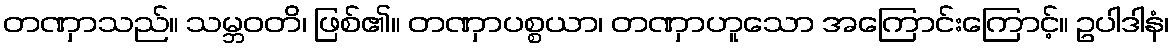
တဏှာသည်။ သမ္ဘဝတိ၊ ဖြစ်၏။ တဏှာပစ္စယာ၊ တဏှာဟူသော အကြောင်းကြောင့်။ ဥပါဒါနံ၊